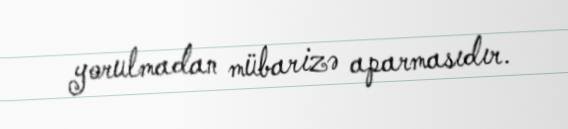
yorulmadan mübarizə aparmasıdır.